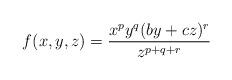
LaTeX: \begin{align*}f(x,y,z)=\dfrac{x^py^q(by+cz)^r}{z^{p+q+r}}\end{align*}